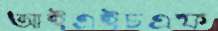
আইএইচএফ